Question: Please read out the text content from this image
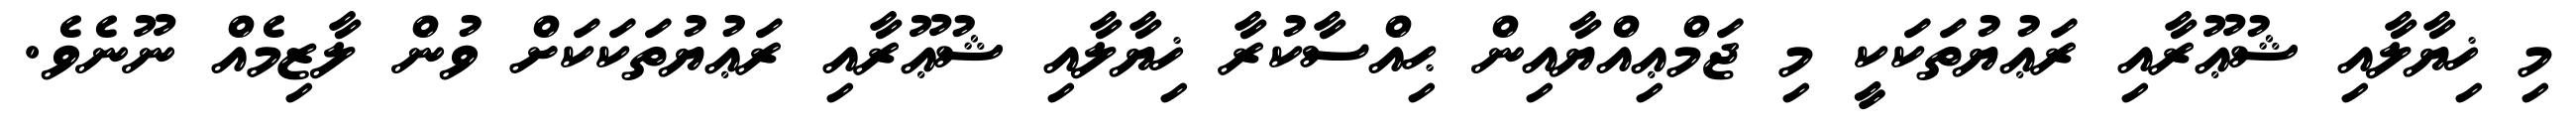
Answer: މި ޚިޔާލާއި ޝުޢޫރާއި ރަޢުޔުތަކަކީ މި ޖަމްޢިއްޔާއިން ޙިއްސާކުރާ ޚިޔާލާއި ޝުޢޫރާއި ރަޢުޔުތަކަކަށް ވުން ލާޒިމެއް ނޫނެވެ.